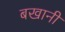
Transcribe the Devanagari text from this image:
बखानी